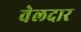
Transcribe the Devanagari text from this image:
वेलदार